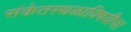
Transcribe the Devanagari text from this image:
संकेतस्थळाविषयीचा